Source: Handwritten
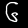
Digit: ၆ (6)